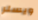
ويسلر